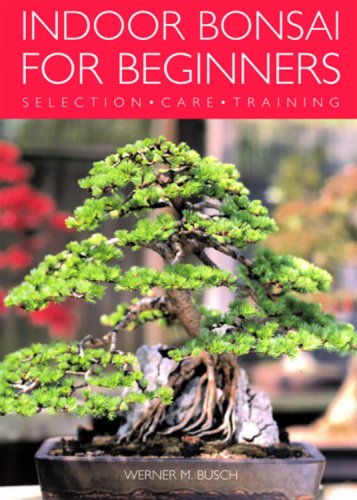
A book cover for Indoor Bonsai for Beginners: Selection - Care - Training; Werner Busch; Crafts, Hobbies & Home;